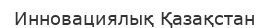
Инновациялық Қазақстан